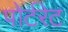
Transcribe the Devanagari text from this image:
पोर्टरेट